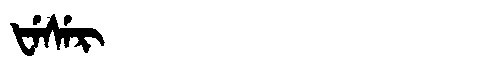
Manchu: ᡶᡝᠰᡝᡵ
Romanization: FESER